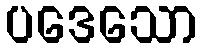
ပဒေသော